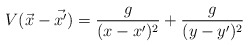
\begin{align*}V(\vec{x}-\vec{x'})=\frac{g}{(x-x')^2}+\frac{g}{(y-y')^2}\end{align*}